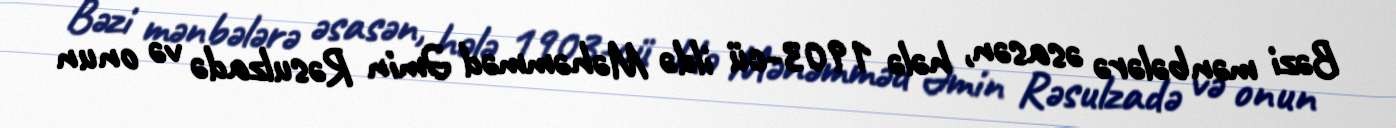
Bəzi mənbələrə əsasən, hələ 1903-cü ildə Məhəmməd Əmin Rəsulzadə və onun